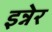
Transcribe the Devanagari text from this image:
इन्नेर